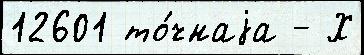
12601 то́чнаjа - Х